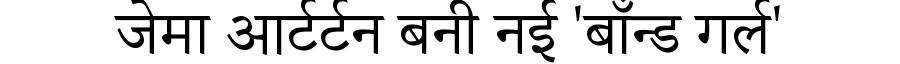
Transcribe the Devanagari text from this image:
जेमा आर्टर्टन बनी नई 'बॉंन्ड गर्ल'